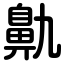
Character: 鼽